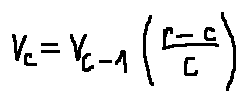
v _ { c } = v _ { c - 1 } ( \frac { r - c } { c } )